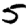
Digit: 5